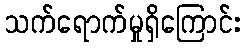
သက်ရောက်မှုရှိကြောင်း